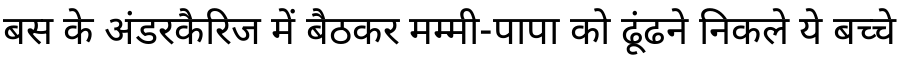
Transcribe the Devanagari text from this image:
बस के अंडरकैरिज में बैठकर मम्मी-पापा को ढूंढने निकले ये बच्चे